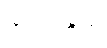
ဖာရင်ဟိုက်